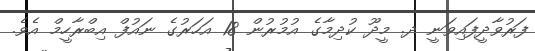
ފަރުވާދީފައިވަނީ ދ. މީދޫ ކުދިމާގެ އުމުރުން 18 އަހަރުގެ ނައުފް އިބްރާހީމް އެވެ.